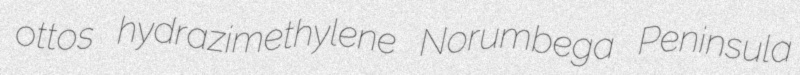
ottos hydrazimethylene Norumbega Peninsula